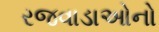
રજવાડાઓનો